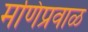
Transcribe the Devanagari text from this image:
मणिप्रवाळ